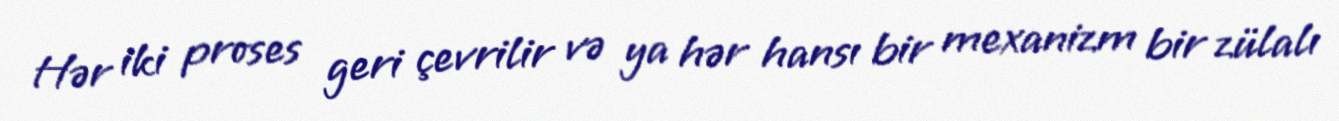
Hər iki proses geri çevrilir və ya hər hansı bir mexanizm bir zülalı